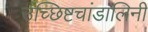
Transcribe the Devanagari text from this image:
उच्छिष्टचांडालिनी